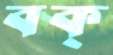
বক্